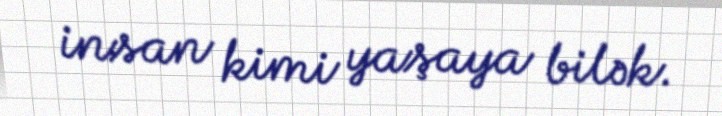
insan kimi yaşaya bilək.